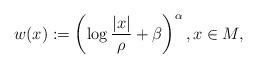
LaTeX: \begin{align*} w(x) := \left(\log\frac{|x|}{\rho} + \beta\right)^\alpha, x\in M,\end{align*}